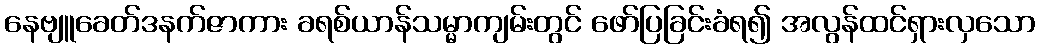
နေဗျူခေတ်ဒနက်ဇာကား ခရစ်ယာန်သမ္မာကျမ်းတွင် ဖော်ပြခြင်းခံရ၍ အလွန်ထင်ရှားလှသော